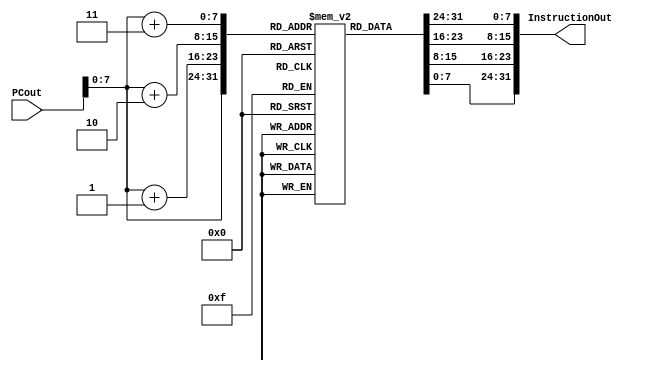
`timescale 1ns / 1ps
//////////////////////////////////////////////////////////////////////////////////
// Company: CECS 530
// 
// Design Name: 
// Module Name: IM
// Project Name: 
// Target Devices: 
// Tool Versions: 
// Description: 
// 
// Dependencies: 
// 
// Revision:
// Revision 0.01 - File Created
// Additional Comments:
// 
//////////////////////////////////////////////////////////////////////////////////


module IM(PCout, InstructionOut);
    input [63:0] PCout;
    output reg [31:0] InstructionOut;
    reg [7:0] IM[0:255];
    integer i;
    
    always @ (*)
    begin
        InstructionOut[ 7: 0] = IM[PCout[7:0]];
        InstructionOut[15: 8] = IM[PCout[7:0]+1];
        InstructionOut[23:16] = IM[PCout[7:0]+2];
        InstructionOut[31:24] = IM[PCout[7:0]+3];
    end
    
    initial
    begin
        for(i=0; i<=255; i=i+1) IM[i] = 0;
        
        // LDUR X1, [X31, #8]   = 11111000 010/00000 1000/00/11 111/00001 = f8 40 83 e1
        IM[3] = 8'hf8;      IM[2] = 8'h40;      IM[1] = 8'h83;      IM[0] = 8'he1;
        // LDUR X2, [X31, #16]  = 11111000 010/00001 0000/00/11 111/00010 = f8 41 03 e2
        IM[7] = 8'hf8;      IM[6] = 8'h41;      IM[5] = 8'h03;      IM[4] = 8'he2;
        // LDUR X3, [X31, #24]  = 11111000 010/00001 1000/00/11 111/00011 = f8 41 83 e3
        IM[11] = 8'hf8;     IM[10] = 8'h41;     IM[9] = 8'h83;      IM[8] = 8'he3;
        // LDUR X4, [X31, #32]  = 11111000 010/00010 0000/00/11 111/00010 = f8 42 03 e4
        IM[15] = 8'hf8;     IM[14] = 8'h42;     IM[13] = 8'h03;     IM[12] = 8'he4;
        // LDUR X5, [X31, #40]  = 11111000 010/00010 1000/00/11 111/00101 = f8 42 83 e5
        IM[19] = 8'hf8;     IM[18] = 8'h42;     IM[17] = 8'h83;     IM[16] = 8'he5;
        // LDUR X6, [X31, #48]                                            = f8 43 03 e6
        IM[23] = 8'hf8;     IM[22] = 8'h43;     IM[21] = 8'h03;     IM[20] = 8'he6;
        // LDUR X7, [X31, #56]                                            = f8 43 83 e7
        IM[27] = 8'hf8;     IM[26] = 8'h43;     IM[25] = 8'h83;     IM[24] = 8'he7;
        // LDUR X8, [X31, #64]                                            = f8 44 03 e8
        IM[31] = 8'hf8;     IM[30] = 8'h44;     IM[29] = 8'h03;     IM[28] = 8'he8;
        // LDUR X9, [X31, #72]                                            = f8 44 83 e9
        IM[35] = 8'hf8;     IM[34] = 8'h44;     IM[33] = 8'h83;     IM[32] = 8'he9;
        // LDUR X10, [X31, #80]                                           = f8 45 03 ea
        IM[39] = 8'hf8;     IM[38] = 8'h45;     IM[37] = 8'h03;     IM[36] = 8'hea;
        // LDUR X11, [X31, #88]                                           = f8 45 83 eb
        IM[43] = 8'hf8;     IM[42] = 8'h45;     IM[41] = 8'h83;     IM[40] = 8'heb;
        // LDUR X12, [X31, #96]                                           = f8 46 03 ec
        IM[47] = 8'hf8;     IM[46] = 8'h46;     IM[45] = 8'h03;     IM[44] = 8'hec;
        
        // ADD X2, X1, X3       = 10001011 000/00011 /000000/00 001/00010 = 8b 03 00 22
        IM[51] = 8'h8b;     IM[50] = 8'h03;     IM[49] = 8'h00;     IM[48] = 8'h22;
        // SUB X6, X5, X4       = 11001011 000/00100 /000000/00 101/00110 = cb 04 00 a6
        IM[55] = 8'hcb;     IM[54] = 8'h04;     IM[53] = 8'h00;     IM[52] = 8'ha6;
        // OR X9, X7, X8        = 10101010 000/01000 /000000/00 111/01001 = aa 08 00 e9
        IM[59] = 8'haa;     IM[58] = 8'h08;     IM[57] = 8'h00;     IM[56] = 8'he9;
        // AND X12, X10, X11    = 10001010 000/01011 /000000/01 010/01100 = 8a 0b 01 4c
        IM[63] = 8'h8a;     IM[62] = 8'h0b;     IM[61] = 8'h01;     IM[60] = 8'h4c;
    end

endmodule